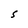
Character: S